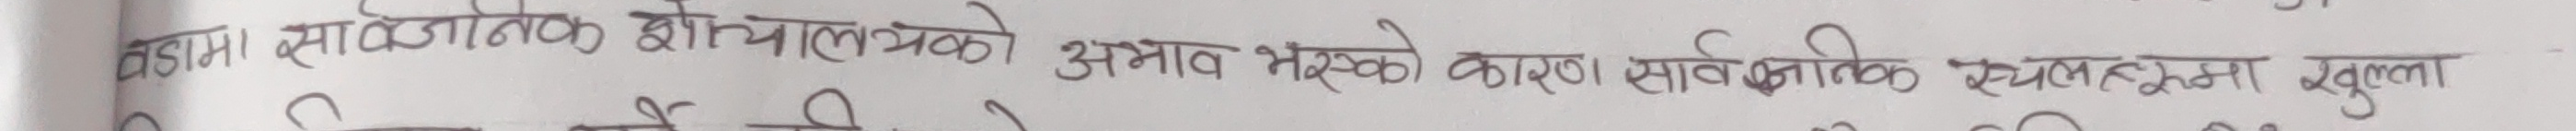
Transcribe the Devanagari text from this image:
जहाँ सार्वजनिक शौचालयको अभाव भएको कारण सार्वजनिक स्थलहरूमा खुल्ला